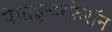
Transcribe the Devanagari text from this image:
पेगाइन्टरफेरॉन